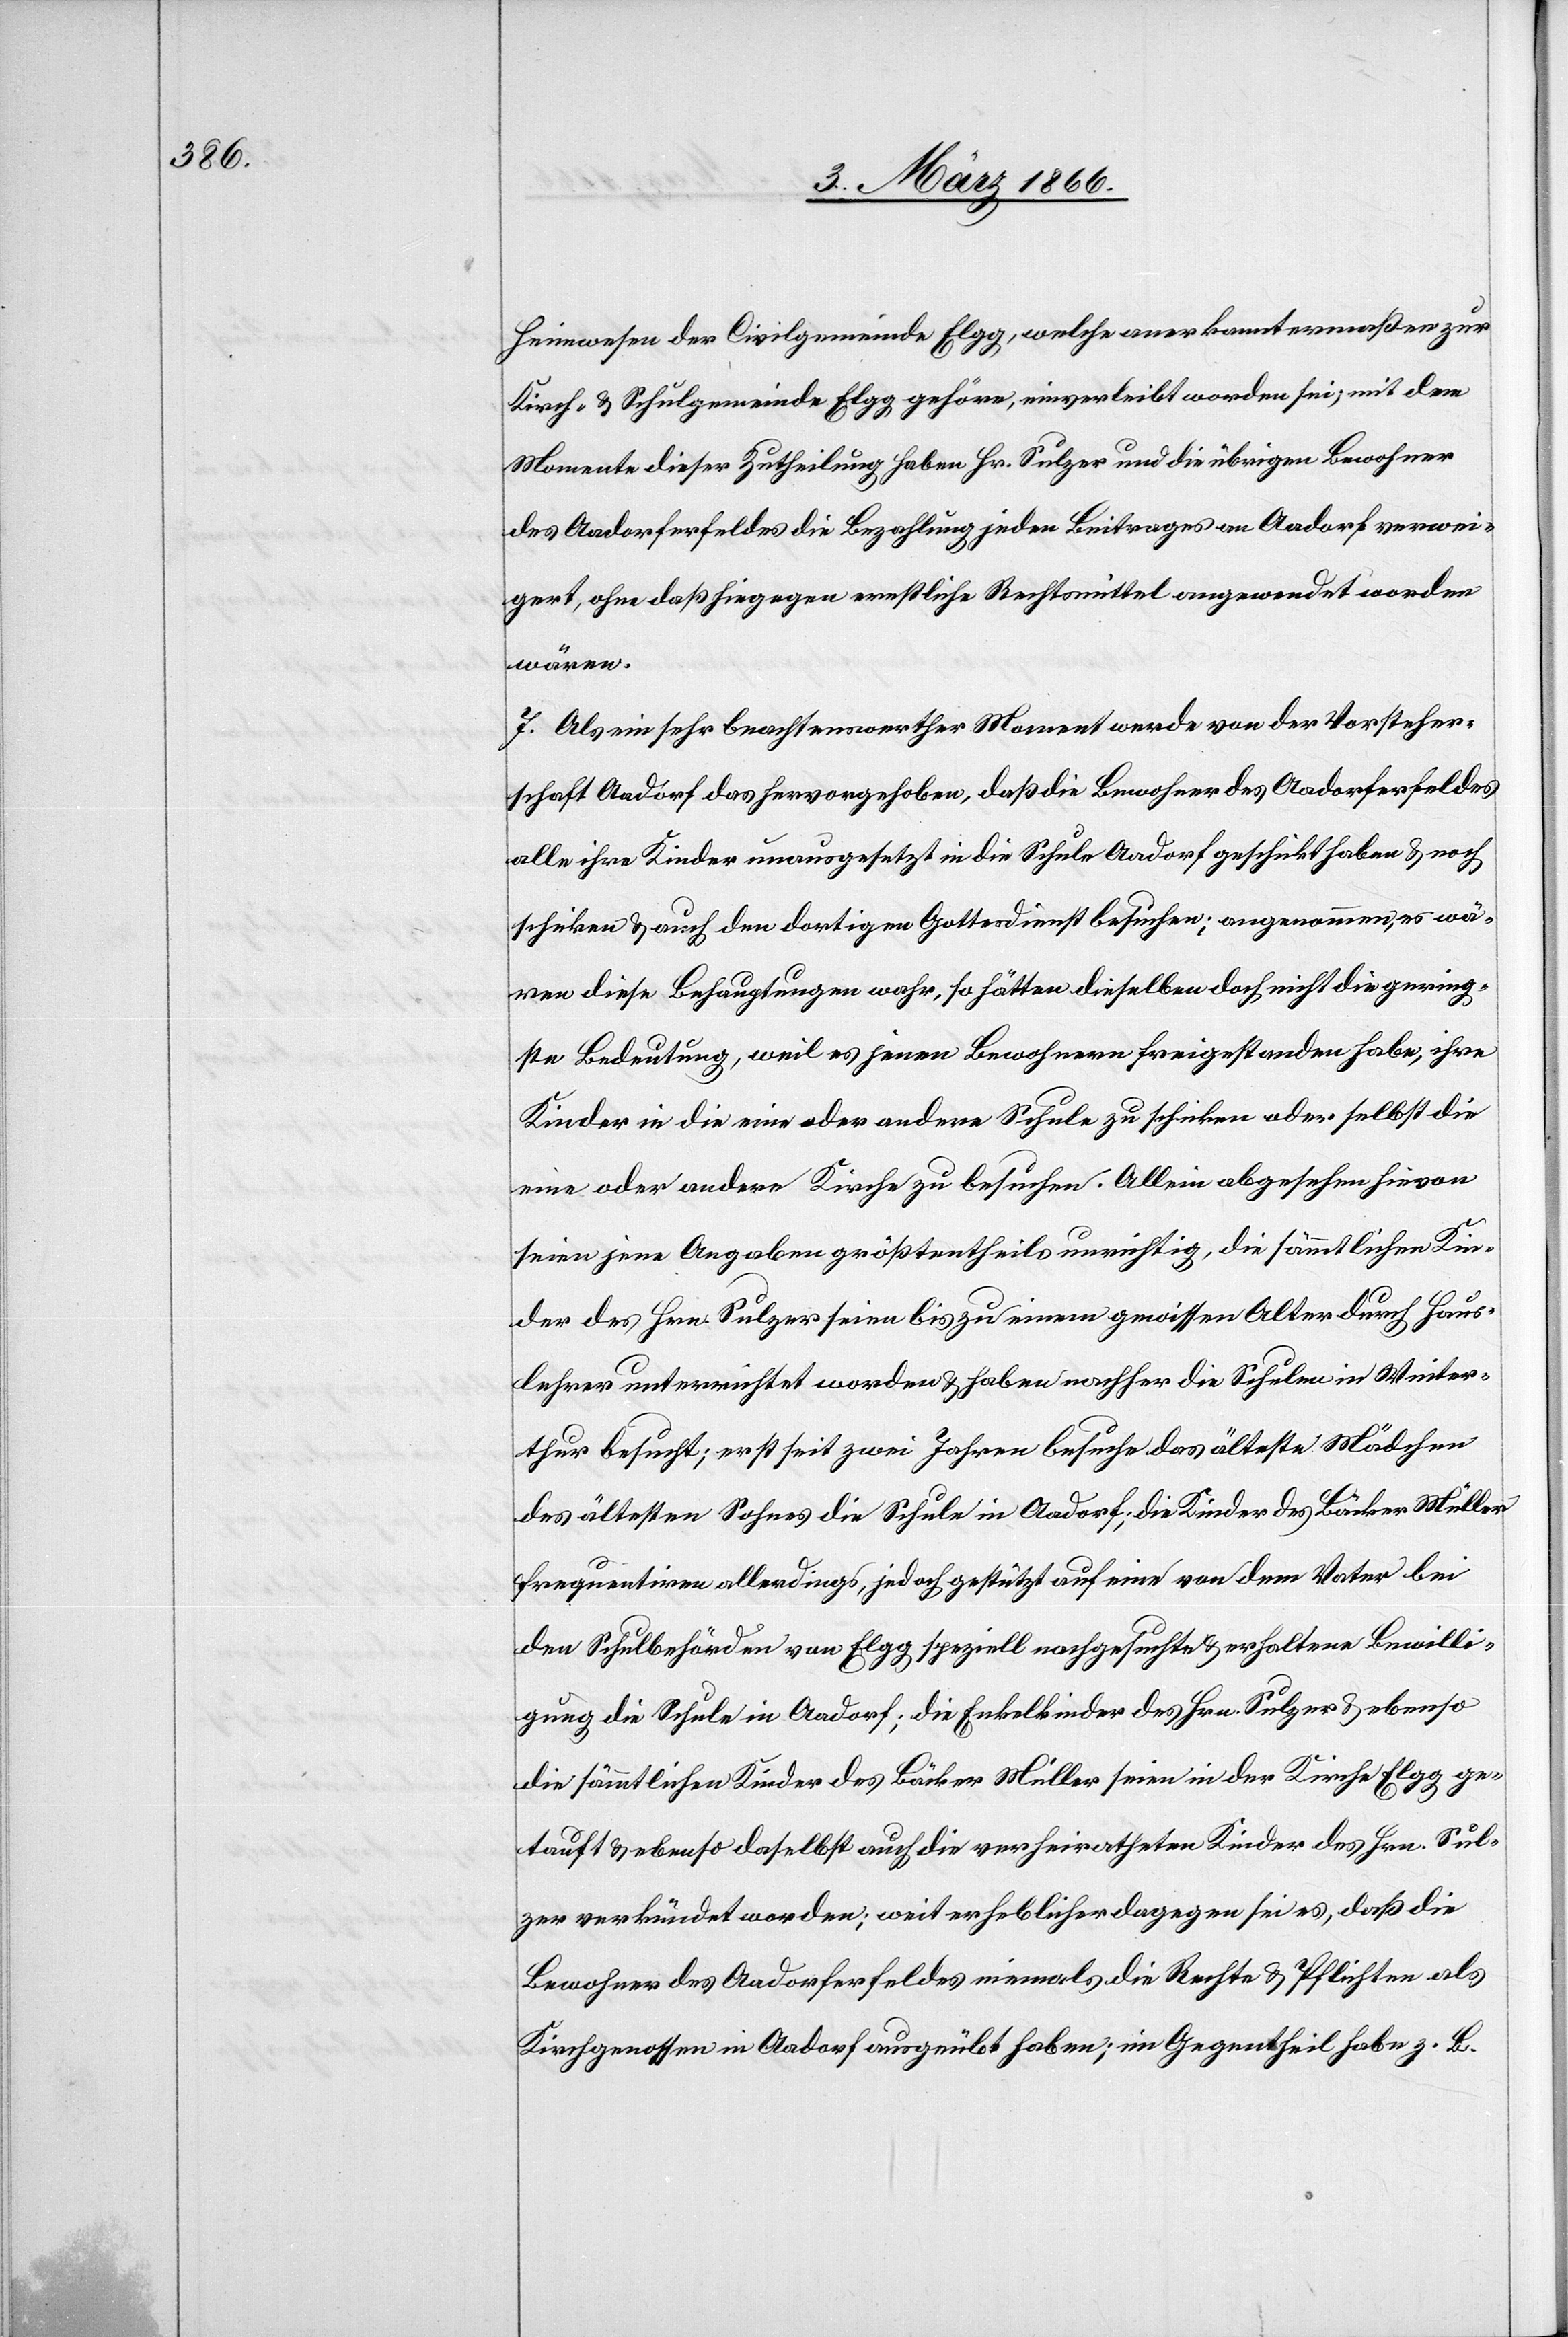
Heimwesen der Civilgemeinde Elgg, welche anerkanntermaßen zur
Kirch- u. Schulgemeinde Elgg gehöre, einverleibt worden sei; mit dem
Momente dieser Zutheilung haben Hr. Sulzer und die übrigen Bewohner
des Aadorferfeldes die Bezahlung jeden Beitrages an Aadorf verwei¬
gert, ohne daß hiegegen ernstliche Rechtsmittel angewendet worden
wären.
7. Als ein sehr beachtenswerther Moment werde von der Vorsteher¬
schaft Aadorf das hervorgehoben, daß die Bewohner des Aadorferfeldes
alle ihre Kinder unausgesetzt in die Schule Aadorf geschickt haben u. noch
schicken u. auch den dortigen Gottesdienst besuchen; angenommen, es wä¬
ren diese Behauptungen wahr, so hätten dieselben doch nicht die gering¬
ste Bedeutung, weil es jenen Bewohnern freigestanden habe, ihre
Kinder in die eine oder andere Schule zu schicken oder selbst die
eine oder andere Kirche zu besuchen. Allein abgesehen hievon
seien jene Angaben größtentheils unrichtig, die sämmtlichen Kin¬
der des Hrn. Sulzer seien bis zu einem gewissen Alter durch Haus¬
lehrer unterrichtet worden u. haben nachher die Schule in Winter¬
thur besucht; erst seit zwei Jahren besuche das älteste Mädchen
des ältesten Sohnes die Schule in Aadorf; die Kinder des Bäcker Müller
frequentiren allerdings, jedoch gestützt auf eine von dem Vater bei
den Schulbehörden von Elgg speziell nachgesuchte u. erhaltene Bewilli¬
gung die Schule in Aadorf; die Enkelkinder des Hrn. Sulzer u. ebenso
die sämmtlichen Kinder des Bäckers Müller seien in der Kirche Elgg ge¬
tauft u. ebenso daselbst auch die verheirateten Kinder des Hrn. Sul¬
zer verkündet worden; weit erheblicher dagegen sei es, daß die
Bewohner des Aadorferfeldes niemals die Rechte u. Pflichten als
Kirchgenossen in Aadorf ausgeübt haben; im Gegentheil habe z. B.